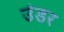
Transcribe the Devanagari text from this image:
उंडर